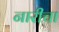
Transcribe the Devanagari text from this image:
नारीचा